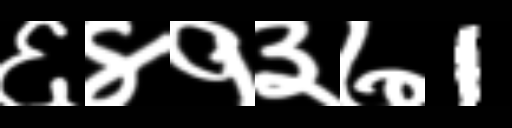
Text: ६४१३७1